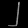
Digit: ၂